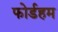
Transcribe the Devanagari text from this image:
फोर्डहम